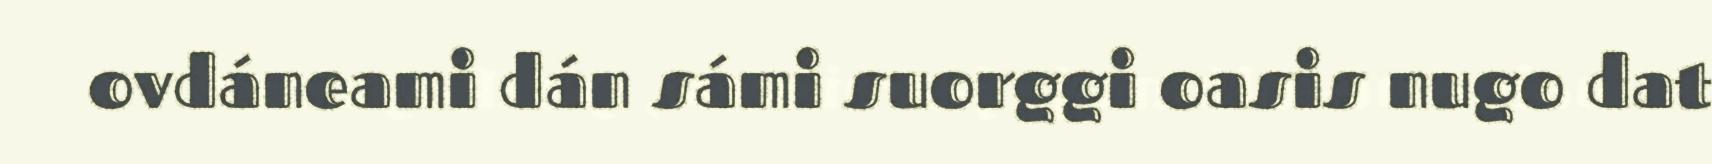
ovdáneami dán sámi suorggi oasis nugo dat